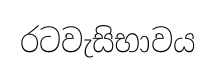
රටවැසිභාවය